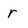
Character: r